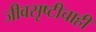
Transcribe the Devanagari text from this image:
जीवसृष्टीचाही